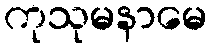
ကုသုမနာမေ